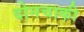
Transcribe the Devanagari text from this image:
दोनचाकी